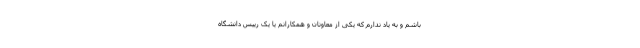
باشم و به یاد ندارم که یکی از معاونان و همکارانم یا یک رییس دانشگاه